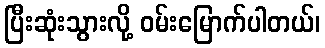
ပြီးဆုံးသွားလို့ ဝမ်းမြောက်ပါတယ်၊